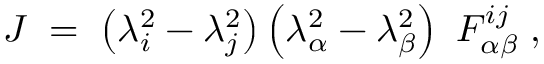
{ \cal J } \; = \; \left( \lambda _ { i } ^ { 2 } - \lambda _ { j } ^ { 2 } \right) \left( \lambda _ { \alpha } ^ { 2 } - \lambda _ { \beta } ^ { 2 } \right) ~ F _ { \alpha \beta } ^ { i j } \; ,